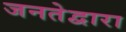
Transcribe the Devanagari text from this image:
जनतेद्वारा